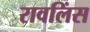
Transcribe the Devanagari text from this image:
रावलिंस